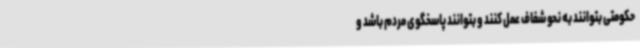
حکومتی بتوانند به نحو شفاف عمل کنند و بتوانند پاسخگوی مردم باشد و